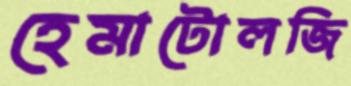
হেমাটোলজি